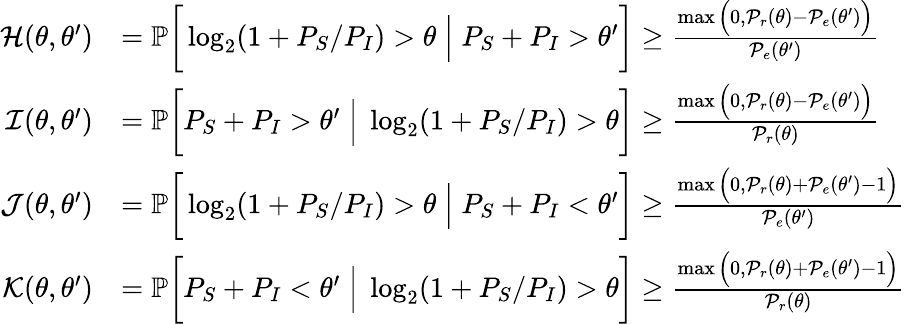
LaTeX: \begin{array}{rl}{\mathcal{H}(\theta,\theta^{\prime})}&{=\mathbb{P}\bigg[\log_{2}(1+P_{S}/P_{I})>\theta\; \Big|\; P_{S}+P_{I}>\theta^{\prime}\bigg]\geq\frac{\operatorname*{max}\Big(0,\mathcal{P}_{r}(\theta)-\mathcal{P}_{e}(\theta^{\prime})\Big)}{\mathcal{P}_{e}(\theta^{\prime})}}\\ {\mathcal{I}(\theta,\theta^{\prime})}&{=\mathbb{P}\bigg[P_{S}+P_{I}>\theta^{\prime}\; \Big|\; \log_{2}(1+P_{S}/P_{I})>\theta\bigg]\geq\frac{\operatorname*{max}\Big(0,\mathcal{P}_{r}(\theta)-\mathcal{P}_{e}(\theta^{\prime})\Big)}{\mathcal{P}_{r}(\theta)}}\\ {\mathcal{J}(\theta,\theta^{\prime})}&{=\mathbb{P}\bigg[\log_{2}(1+P_{S}/P_{I})>\theta\; \Big|\; P_{S}+P_{I}<\theta^{\prime}\bigg]\geq\frac{\operatorname*{max}\Big(0,\mathcal{P}_{r}(\theta)+\mathcal{P}_{e}(\theta^{\prime})-1\Big)}{\mathcal{P}_{e}(\theta^{\prime})}}\\ {\mathcal{K}(\theta,\theta^{\prime})}&{=\mathbb{P}\bigg[P_{S}+P_{I}<\theta^{\prime}\; \Big|\; \log_{2}(1+P_{S}/P_{I})>\theta\bigg]\geq\frac{\operatorname*{max}\Big(0,\mathcal{P}_{r}(\theta)+\mathcal{P}_{e}(\theta^{\prime})-1\Big)}{\mathcal{P}_{r}(\theta)}}\end{array}